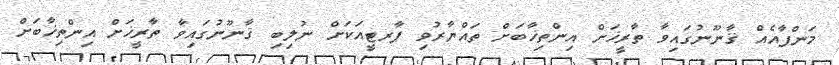
މަންފާއެއް ޤާނޫނުގައިވާ ތާރީޚަށް އިންތިޚާބަށް ތައްޔާރުވި ޕާރޓީއަކަށް ނުލިބި ޤާނޫނުގައިވާ ތާރީޚަށް އިންތިޚާބަށް